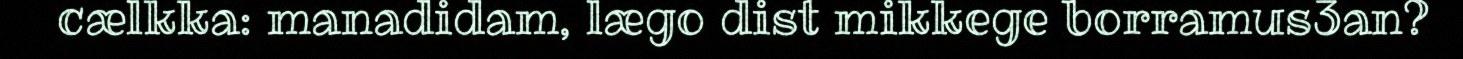
cælkka: manadidam, lægo dist mikkege borramus3an?